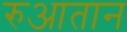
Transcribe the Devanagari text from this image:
रुआतान